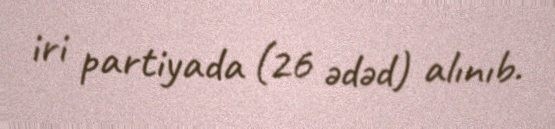
iri partiyada (26 ədəd) alınıb.